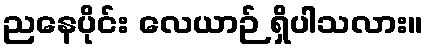
ညနေပိုင်း လေယာဉ် ရှိပါသလား။